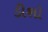
ડીશો